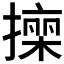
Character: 𭢠